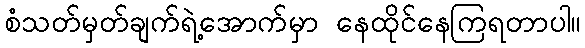
စံသတ်မှတ်ချက်ရဲ့အောက်မှာ နေထိုင်နေကြရတာပါ။